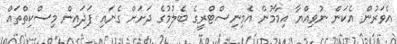
އެވަރުން އެކަން ނުވިއްޔާ އިމާމުން އެމިނިސްޓްރީގެ ބެލުމުގެ ދަށަށް ގެނައި ފަދައިން މިސްކިތްތައް